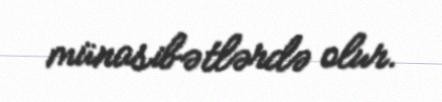
münasibətlərdə olur.